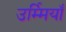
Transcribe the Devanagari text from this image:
उर्म्मियाँ